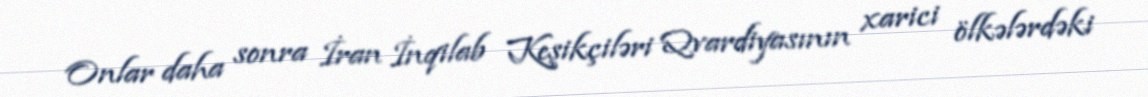
Onlar daha sonra İran İnqilab Keşikçiləri Qvardiyasının xarici ölkələrdəki